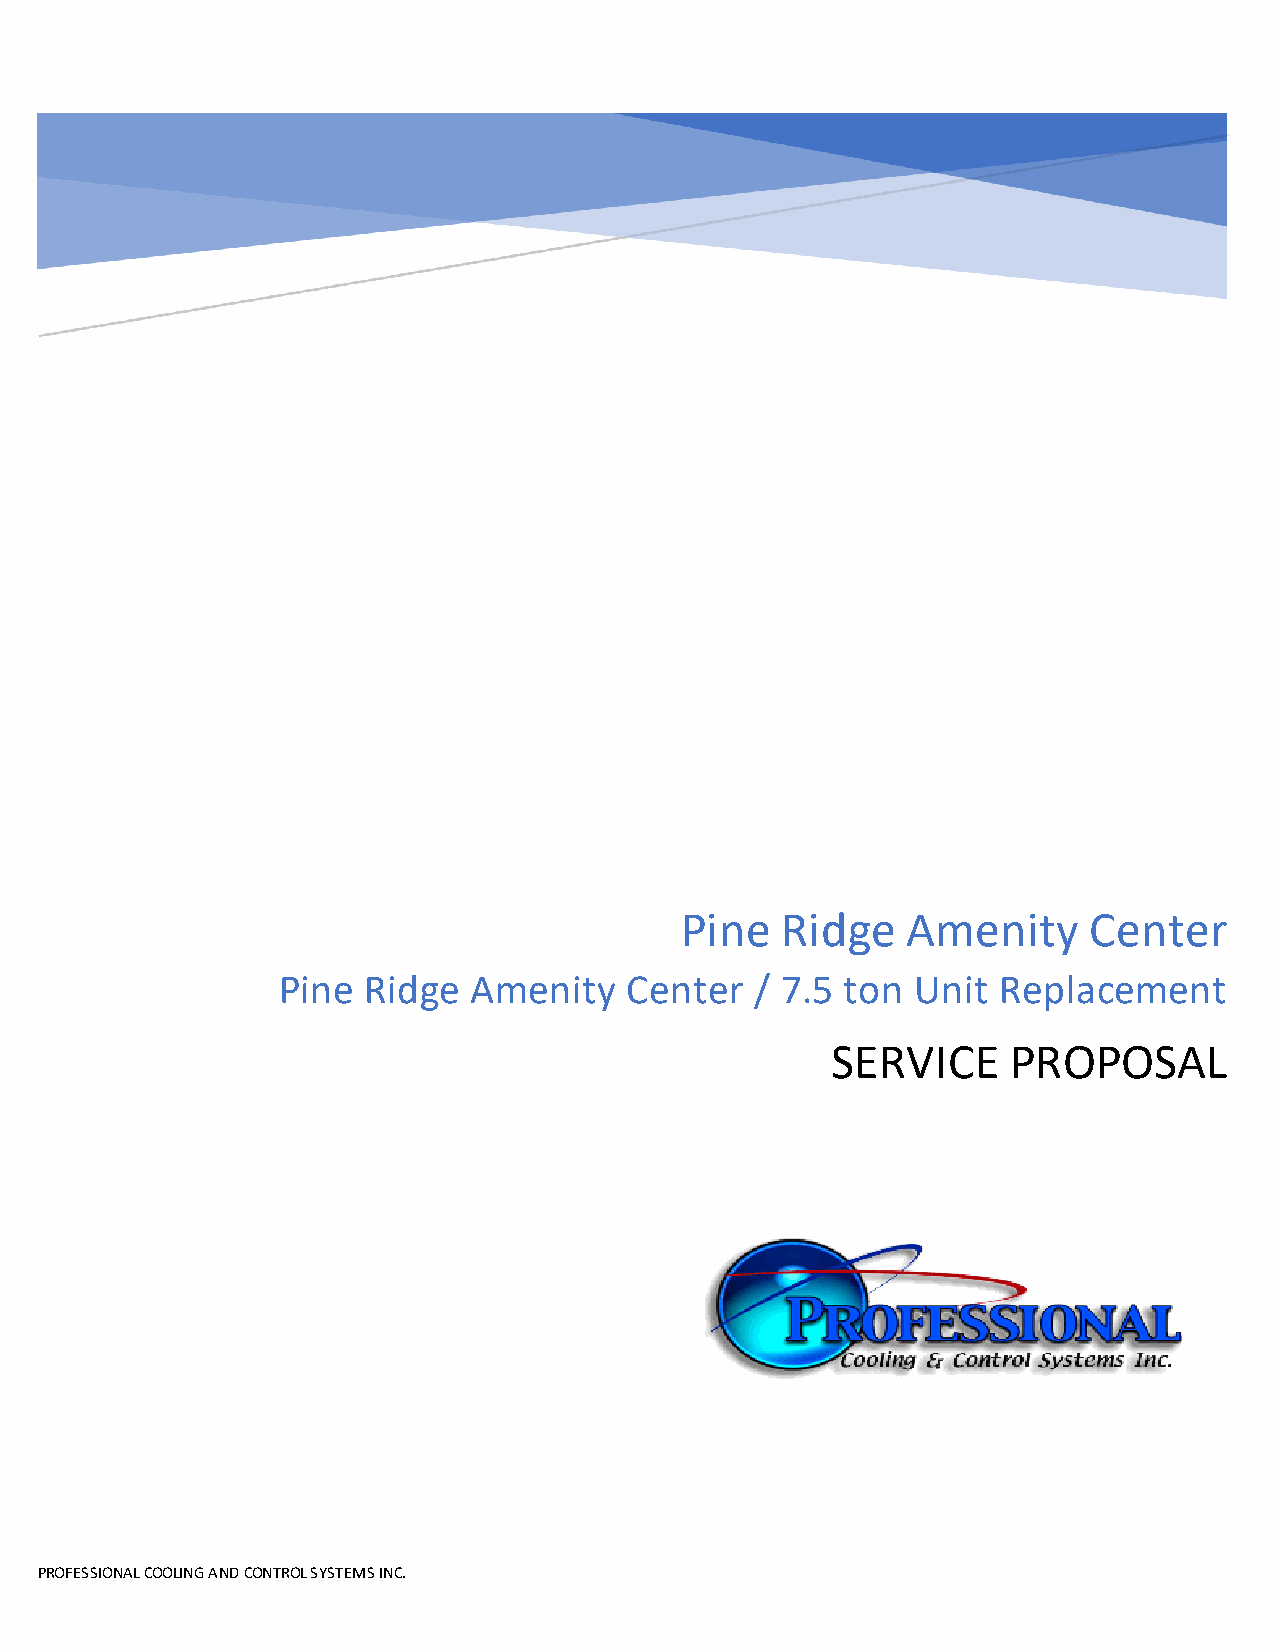
Pine   Ridge   Amenity     Center
 Pine  Ridge  Amenity    Center  / 7.5 ton  Unit Replacement
 SERVICE     PROPOSAL
 PROFESSIONAL COOLING AND CONTROL SYSTEMS INC.